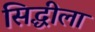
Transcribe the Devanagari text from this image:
सिद्धीला